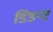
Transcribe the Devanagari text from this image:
डिडन्‍ट